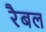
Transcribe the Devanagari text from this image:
रैबल